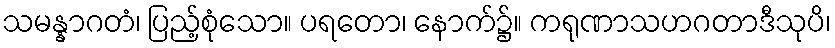
သမန္နာဂတံ၊ ပြည့်စုံသော။ ပရတော၊ နောက်၌။ ကရုဏာသဟဂတာဒီသုပိ၊